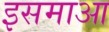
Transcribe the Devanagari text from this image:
इसमाआ